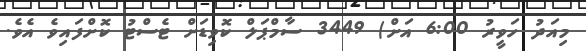
މިއަދު ހަވީރު 6:00 އަށް) 3449 ސާމްޕަލް ކޮވިޑަށް ޓެސްޓު ކޮށްފައިވެ އެވެ.